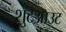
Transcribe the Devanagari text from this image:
शुटआउट